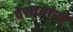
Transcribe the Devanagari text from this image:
देसायांनी